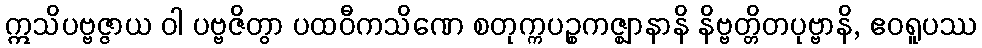
ဣသိပဗ္ဗဇ္ဇာယ ဝါ ပဗ္ဗဇိတွာ ပထဝီကသိဏေ စတုက္ကပဉ္စကဇ္ဈာနာနိ နိဗ္ဗတ္တိတပုဗ္ဗာနိ, ဧဝရူပဿ